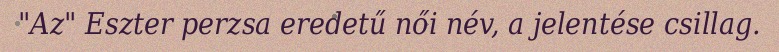
"Az" Eszter perzsa eredetű női név, a jelentése csillag.